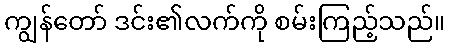
ကျွန်တော် ဒင်း၏လက်ကို စမ်းကြည့်သည်။